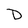
Character: D